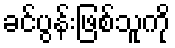
ခင်ပွန်းဖြစ်သူကို